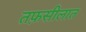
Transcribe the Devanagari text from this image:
तफ़सीलात